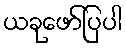
ယခုဖော်ပြပါ